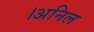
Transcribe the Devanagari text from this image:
।अनिल